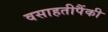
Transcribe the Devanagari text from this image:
वसाहतीपैंकी